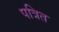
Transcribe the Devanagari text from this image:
पत्रित